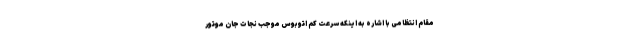
مقام انتظامی با اشاره به اینکه سرعت کم اتوبوس موجب نجات جان موتور